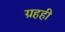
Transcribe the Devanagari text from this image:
ग्रहही